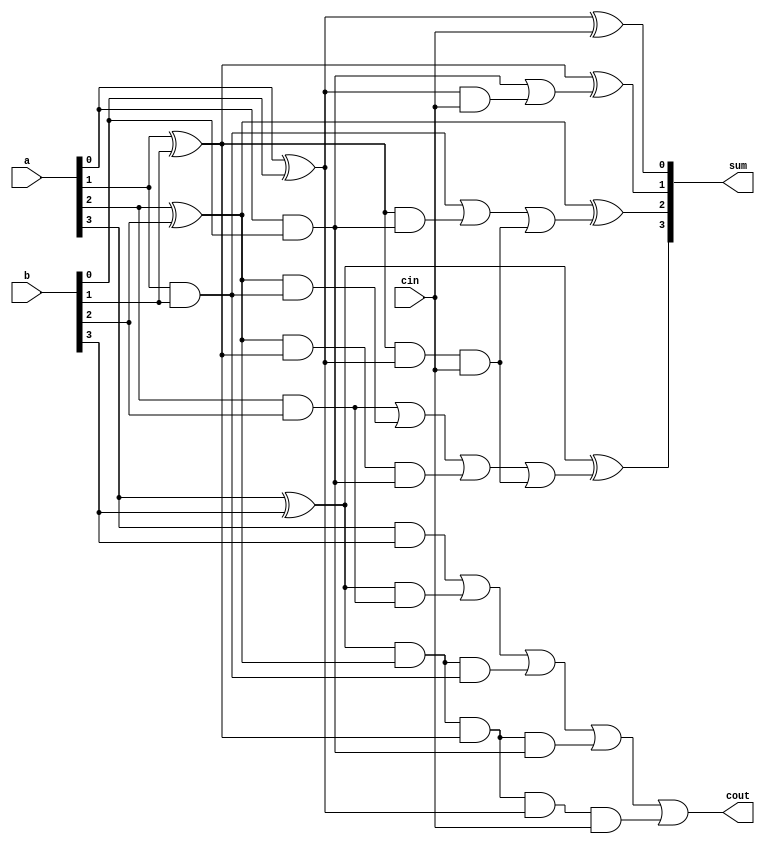
module d_cla4(a,b,cin,sum,cout);
    input[3:0] a,b;
    input cin;
    output [3:0] sum;
    output cout;
    wire [3:0] p, g;

    assign  p[0]=(a[0]^b[0]),
            p[1]=(a[1]^b[1]),
            p[2]=(a[2]^b[2]),
            p[3]=(a[3]^b[3]);

    assign  g[0]=(a[0]&b[0]),
            g[1]=(a[1]&b[1]),
            g[2]=(a[2]&b[2]),
            g[3]=(a[3]&b[3]);

    assign  c0=cin,
            c1=g[0]|(p[0]&cin),
            c2=g[1]|(p[1]&g[0])|(p[1]&p[0]&cin),
            c3=g[2]|(p[2]&g[1])|(p[2]&p[1]&g[0])|(p[1]&p[1]&p[0]&cin),
            c4=g[3]|(p[3]&g[2])|(p[3]&p[2]&g[1])|(p[3]&p[2]&p[1]&g[0])|(p[3]&p[2]&p[1]&p[0]&cin);

    assign  sum[0]=p[0]^c0,
            sum[1]=p[1]^c1,
            sum[2]=p[2]^c2,
            sum[3]=p[3]^c3;

    assign cout=c4;
endmodule